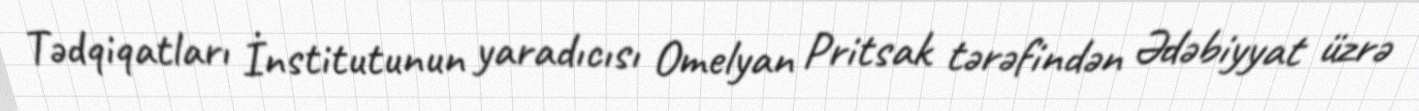
Tədqiqatları İnstitutunun yaradıcısı Omelyan Pritsak tərəfindən Ədəbiyyat üzrə